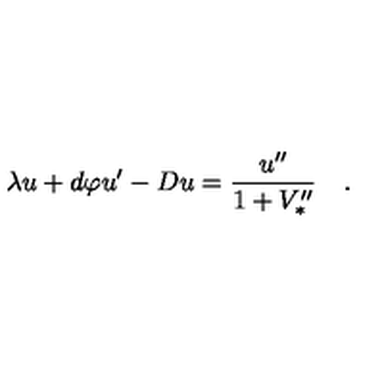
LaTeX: \lambda u + d \varphi u ^ { \prime } - D u = { \frac { u ^ { \prime \prime } } { 1 + V _ { * } ^ { \prime \prime } } } \quad .